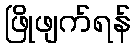
ဖြိုဖျက်ရန်